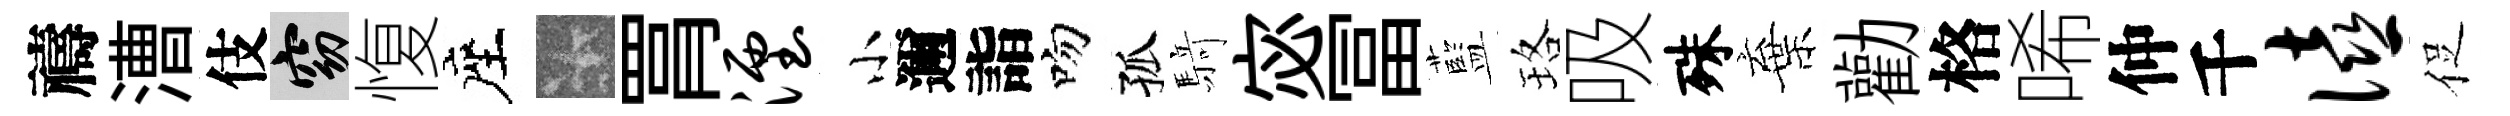
禱漕伎窈愎座卡罥湮小邇詣吻孤𮪍宓冨藍珞吸殊棄勸格唏仲千僖促